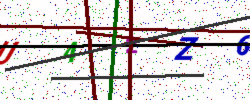
Text: U42Z6